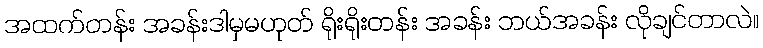
အထက်တန်း အခန်းဒါမှမဟုတ် ရိုးရိုးတန်း အခန်း ဘယ်အခန်း လိုချင်တာလဲ။